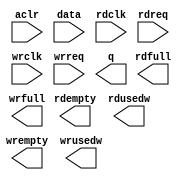
// megafunction wizard: %FIFO%VBB%
// GENERATION: STANDARD
// VERSION: WM1.0
// MODULE: dcfifo 

// ============================================================
// Megafunction Name(s):
// 			dcfifo
//
// Simulation Library Files(s):
// 			altera_mf
// ============================================================
// ************************************************************
// THIS IS A WIZARD-GENERATED FILE. DO NOT EDIT THIS FILE!
//
// 13.0.1 Build 232 06/12/2013 SP 1 SJ Full Version
// ************************************************************

//Copyright (C) 1991-2013 Altera Corporation
//Your use of Altera Corporation's design tools, logic functions 
//and other software and tools, and its AMPP partner logic 
//functions, and any output files from any of the foregoing 
//(including device programming or simulation files), and any 
//associated documentation or information are expressly subject 
//to the terms and conditions of the Altera Program License 
//Subscription Agreement, Altera MegaCore Function License 
//Agreement, or other applicable license agreement, including, 
//without limitation, that your use is for the sole purpose of 
//programming logic devices manufactured by Altera and sold by 
//Altera or its authorized distributors.  Please refer to the 
//applicable agreement for further details.

module alt_fifo_32b_16w (
	aclr,
	data,
	rdclk,
	rdreq,
	wrclk,
	wrreq,
	q,
	rdempty,
	rdfull,
	rdusedw,
	wrempty,
	wrfull,
	wrusedw);

	input	  aclr;
	input	[31:0]  data;
	input	  rdclk;
	input	  rdreq;
	input	  wrclk;
	input	  wrreq;
	output	[31:0]  q;
	output	  rdempty;
	output	  rdfull;
	output	[3:0]  rdusedw;
	output	  wrempty;
	output	  wrfull;
	output	[3:0]  wrusedw;
`ifndef ALTERA_RESERVED_QIS
// synopsys translate_off
`endif
	tri0	  aclr;
`ifndef ALTERA_RESERVED_QIS
// synopsys translate_on
`endif

endmodule

// ============================================================
// CNX file retrieval info
// ============================================================
// Retrieval info: PRIVATE: AlmostEmpty NUMERIC "0"
// Retrieval info: PRIVATE: AlmostEmptyThr NUMERIC "-1"
// Retrieval info: PRIVATE: AlmostFull NUMERIC "0"
// Retrieval info: PRIVATE: AlmostFullThr NUMERIC "-1"
// Retrieval info: PRIVATE: CLOCKS_ARE_SYNCHRONIZED NUMERIC "0"
// Retrieval info: PRIVATE: Clock NUMERIC "4"
// Retrieval info: PRIVATE: Depth NUMERIC "16"
// Retrieval info: PRIVATE: Empty NUMERIC "1"
// Retrieval info: PRIVATE: Full NUMERIC "1"
// Retrieval info: PRIVATE: INTENDED_DEVICE_FAMILY STRING "Cyclone II"
// Retrieval info: PRIVATE: LE_BasedFIFO NUMERIC "0"
// Retrieval info: PRIVATE: LegacyRREQ NUMERIC "0"
// Retrieval info: PRIVATE: MAX_DEPTH_BY_9 NUMERIC "0"
// Retrieval info: PRIVATE: OVERFLOW_CHECKING NUMERIC "0"
// Retrieval info: PRIVATE: Optimize NUMERIC "0"
// Retrieval info: PRIVATE: RAM_BLOCK_TYPE NUMERIC "0"
// Retrieval info: PRIVATE: SYNTH_WRAPPER_GEN_POSTFIX STRING "0"
// Retrieval info: PRIVATE: UNDERFLOW_CHECKING NUMERIC "0"
// Retrieval info: PRIVATE: UsedW NUMERIC "1"
// Retrieval info: PRIVATE: Width NUMERIC "32"
// Retrieval info: PRIVATE: dc_aclr NUMERIC "1"
// Retrieval info: PRIVATE: diff_widths NUMERIC "0"
// Retrieval info: PRIVATE: msb_usedw NUMERIC "0"
// Retrieval info: PRIVATE: output_width NUMERIC "32"
// Retrieval info: PRIVATE: rsEmpty NUMERIC "1"
// Retrieval info: PRIVATE: rsFull NUMERIC "1"
// Retrieval info: PRIVATE: rsUsedW NUMERIC "1"
// Retrieval info: PRIVATE: sc_aclr NUMERIC "0"
// Retrieval info: PRIVATE: sc_sclr NUMERIC "0"
// Retrieval info: PRIVATE: wsEmpty NUMERIC "1"
// Retrieval info: PRIVATE: wsFull NUMERIC "1"
// Retrieval info: PRIVATE: wsUsedW NUMERIC "1"
// Retrieval info: LIBRARY: altera_mf altera_mf.altera_mf_components.all
// Retrieval info: CONSTANT: INTENDED_DEVICE_FAMILY STRING "Cyclone II"
// Retrieval info: CONSTANT: LPM_NUMWORDS NUMERIC "16"
// Retrieval info: CONSTANT: LPM_SHOWAHEAD STRING "ON"
// Retrieval info: CONSTANT: LPM_TYPE STRING "dcfifo"
// Retrieval info: CONSTANT: LPM_WIDTH NUMERIC "32"
// Retrieval info: CONSTANT: LPM_WIDTHU NUMERIC "4"
// Retrieval info: CONSTANT: OVERFLOW_CHECKING STRING "ON"
// Retrieval info: CONSTANT: RDSYNC_DELAYPIPE NUMERIC "4"
// Retrieval info: CONSTANT: UNDERFLOW_CHECKING STRING "ON"
// Retrieval info: CONSTANT: USE_EAB STRING "ON"
// Retrieval info: CONSTANT: WRITE_ACLR_SYNCH STRING "OFF"
// Retrieval info: CONSTANT: WRSYNC_DELAYPIPE NUMERIC "4"
// Retrieval info: USED_PORT: aclr 0 0 0 0 INPUT GND "aclr"
// Retrieval info: USED_PORT: data 0 0 32 0 INPUT NODEFVAL "data[31..0]"
// Retrieval info: USED_PORT: q 0 0 32 0 OUTPUT NODEFVAL "q[31..0]"
// Retrieval info: USED_PORT: rdclk 0 0 0 0 INPUT NODEFVAL "rdclk"
// Retrieval info: USED_PORT: rdempty 0 0 0 0 OUTPUT NODEFVAL "rdempty"
// Retrieval info: USED_PORT: rdfull 0 0 0 0 OUTPUT NODEFVAL "rdfull"
// Retrieval info: USED_PORT: rdreq 0 0 0 0 INPUT NODEFVAL "rdreq"
// Retrieval info: USED_PORT: rdusedw 0 0 4 0 OUTPUT NODEFVAL "rdusedw[3..0]"
// Retrieval info: USED_PORT: wrclk 0 0 0 0 INPUT NODEFVAL "wrclk"
// Retrieval info: USED_PORT: wrempty 0 0 0 0 OUTPUT NODEFVAL "wrempty"
// Retrieval info: USED_PORT: wrfull 0 0 0 0 OUTPUT NODEFVAL "wrfull"
// Retrieval info: USED_PORT: wrreq 0 0 0 0 INPUT NODEFVAL "wrreq"
// Retrieval info: USED_PORT: wrusedw 0 0 4 0 OUTPUT NODEFVAL "wrusedw[3..0]"
// Retrieval info: CONNECT: @aclr 0 0 0 0 aclr 0 0 0 0
// Retrieval info: CONNECT: @data 0 0 32 0 data 0 0 32 0
// Retrieval info: CONNECT: @rdclk 0 0 0 0 rdclk 0 0 0 0
// Retrieval info: CONNECT: @rdreq 0 0 0 0 rdreq 0 0 0 0
// Retrieval info: CONNECT: @wrclk 0 0 0 0 wrclk 0 0 0 0
// Retrieval info: CONNECT: @wrreq 0 0 0 0 wrreq 0 0 0 0
// Retrieval info: CONNECT: q 0 0 32 0 @q 0 0 32 0
// Retrieval info: CONNECT: rdempty 0 0 0 0 @rdempty 0 0 0 0
// Retrieval info: CONNECT: rdfull 0 0 0 0 @rdfull 0 0 0 0
// Retrieval info: CONNECT: rdusedw 0 0 4 0 @rdusedw 0 0 4 0
// Retrieval info: CONNECT: wrempty 0 0 0 0 @wrempty 0 0 0 0
// Retrieval info: CONNECT: wrfull 0 0 0 0 @wrfull 0 0 0 0
// Retrieval info: CONNECT: wrusedw 0 0 4 0 @wrusedw 0 0 4 0
// Retrieval info: GEN_FILE: TYPE_NORMAL alt_fifo_32b_16w.v TRUE
// Retrieval info: GEN_FILE: TYPE_NORMAL alt_fifo_32b_16w.inc FALSE
// Retrieval info: GEN_FILE: TYPE_NORMAL alt_fifo_32b_16w.cmp FALSE
// Retrieval info: GEN_FILE: TYPE_NORMAL alt_fifo_32b_16w.bsf FALSE
// Retrieval info: GEN_FILE: TYPE_NORMAL alt_fifo_32b_16w_inst.v FALSE
// Retrieval info: GEN_FILE: TYPE_NORMAL alt_fifo_32b_16w_bb.v TRUE
// Retrieval info: LIB_FILE: altera_mf